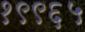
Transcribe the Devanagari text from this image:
१९९६५